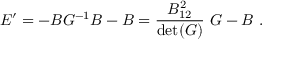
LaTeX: E ^ { \prime } = - B G ^ { - 1 } B - B = { \frac { B _ { 1 2 } ^ { 2 } } { \operatorname * { d e t } ( G ) } } ~ G - B ~ .